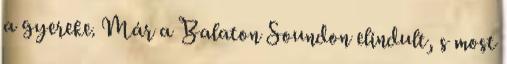
a gyereke. Már a Balaton Soundon elindult, s most